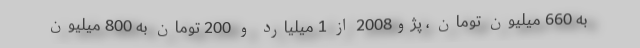
به 660 میلیون تومان ، پژو2008 از 1 میلیارد و 200 تومان به 800 میلیون